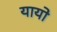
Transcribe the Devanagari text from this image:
यायो